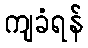
ကျခံရန်